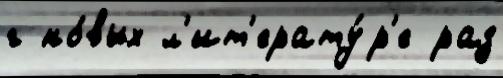
г но́вых л'ит'ерату́р'е раз